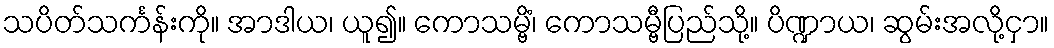
သပိတ်သင်္ကန်းကို။ အာဒါယ၊ ယူ၍။ ကောသမ္ဗိံ၊ ကောသမ္ဗီပြည်သို့။ ပိဏ္ဍာယ၊ ဆွမ်းအလို့ငှာ။